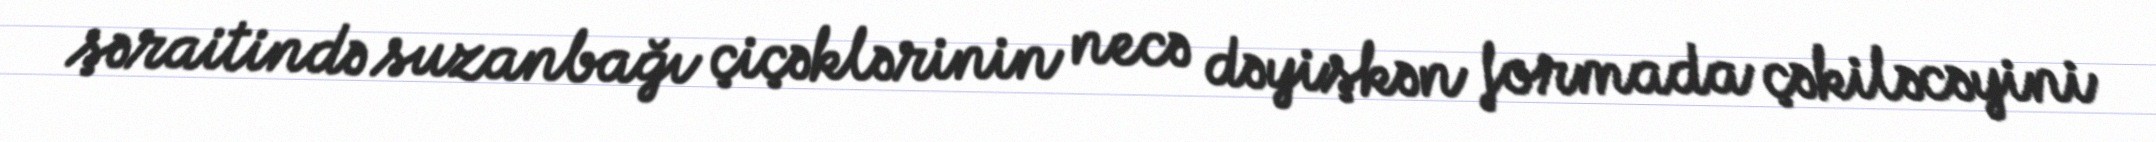
şəraitində suzanbağı çiçəklərinin necə dəyişkən formada çəkiləcəyini